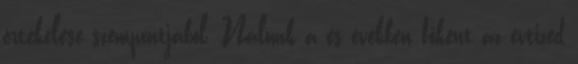
értékelése szempontjából. Nálunk a es években főként az évtized